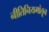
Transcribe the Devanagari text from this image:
नीतिनियमांतून